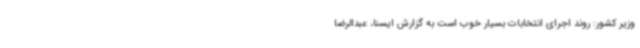
وزیر کشور: روند اجرای انتخابات بسیار خوب است به گزارش ایسنا، عبدالرضا